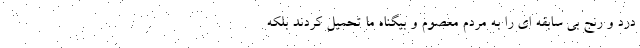
درد و رنج بی سابقه ای را به مردم معصوم و بیگناه ما تحمیل کردند بلکه